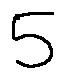
5